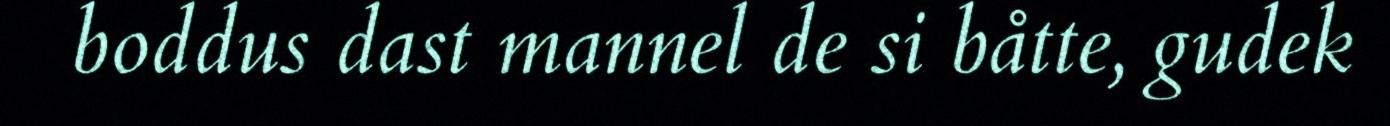
boddus dast mannel de si båtte, gudek